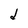
Character: d